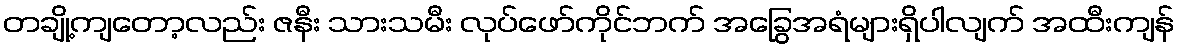
တချို့ကျတော့လည်း ဇနီး သားသမီး လုပ်ဖော်ကိုင်ဘက် အခြွေအရံများရှိပါလျက် အထီးကျန်